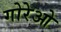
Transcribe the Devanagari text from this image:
गोरेओ